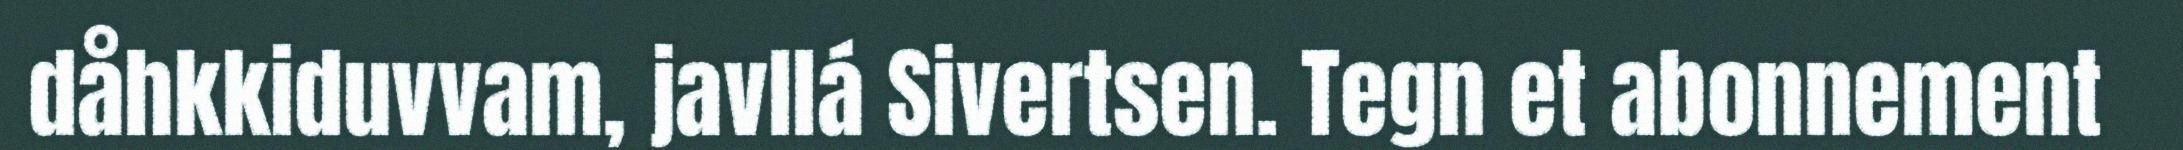
dåhkkiduvvam, javllá Sivertsen. Tegn et abonnement